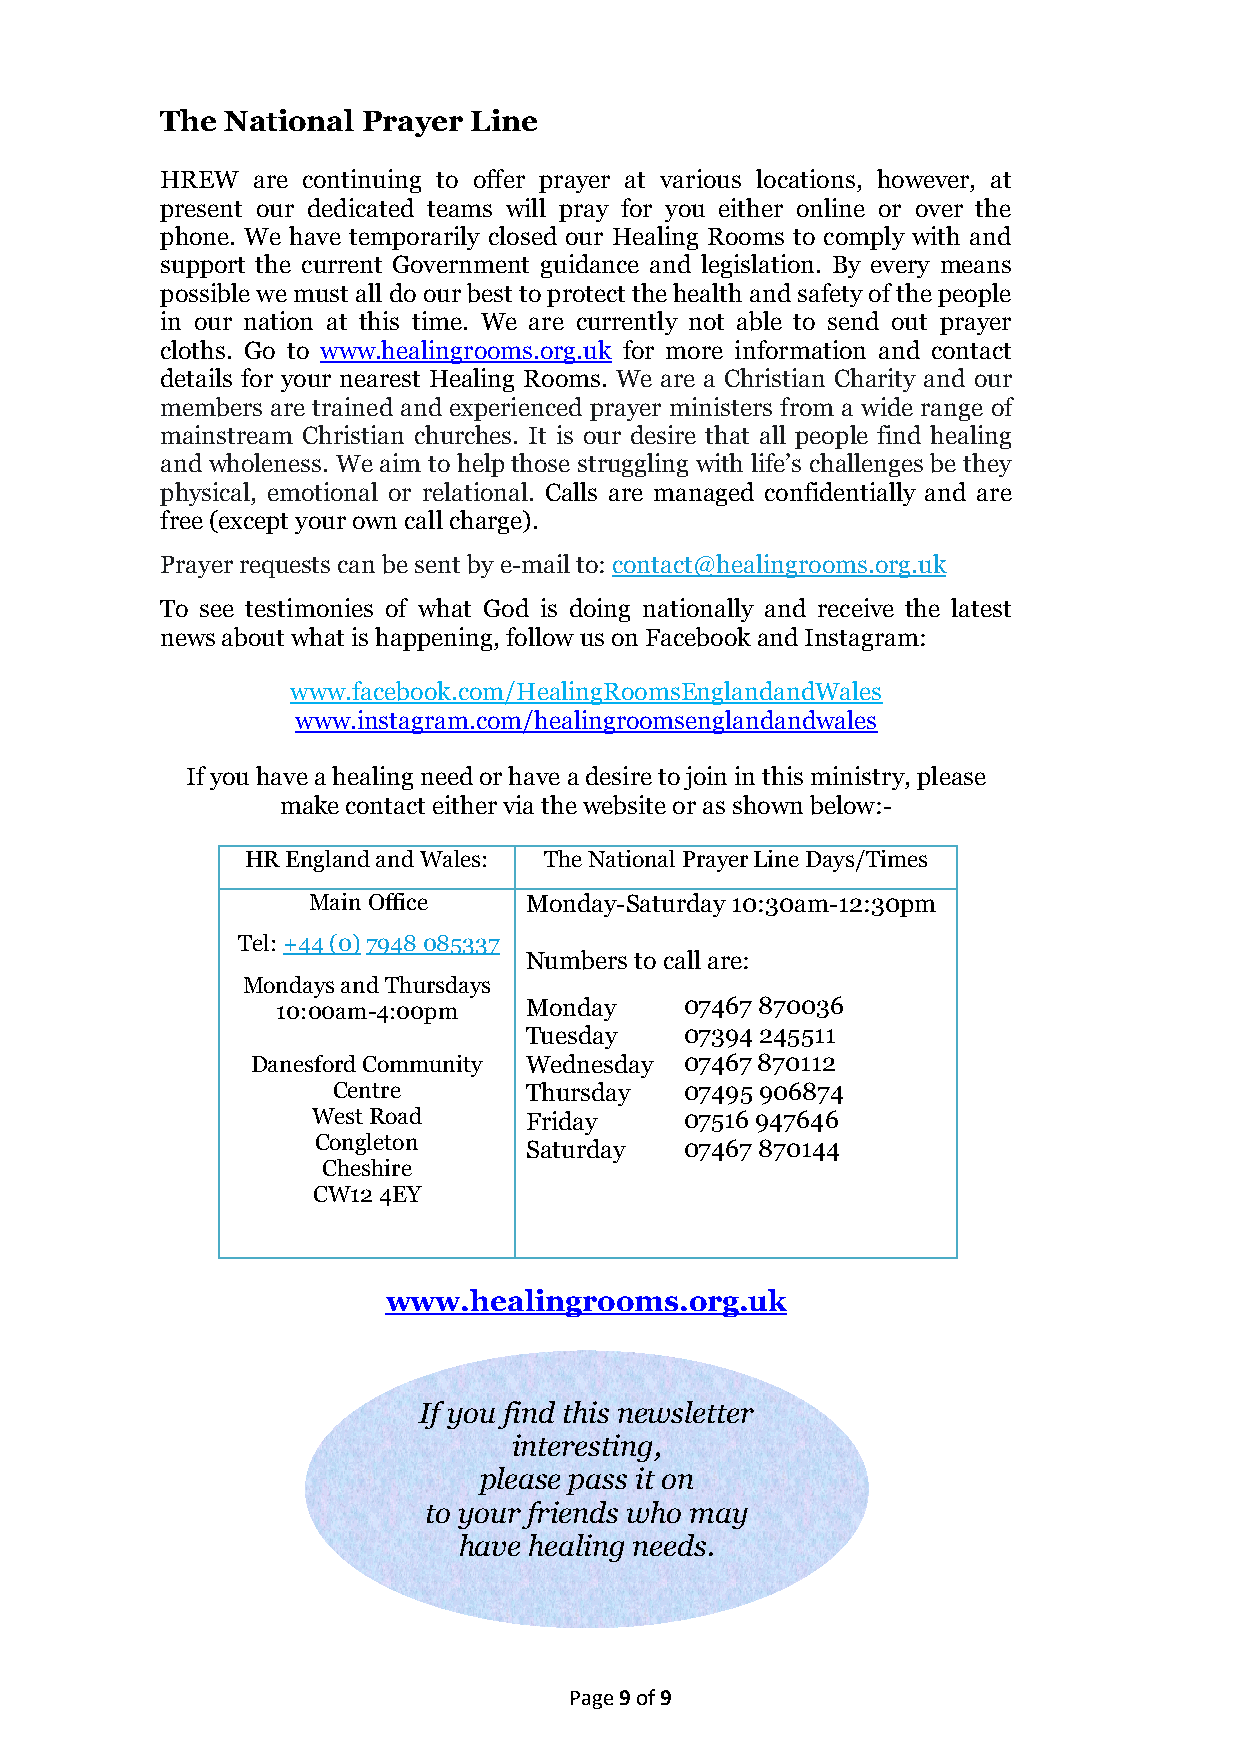
The National Prayer Line
 HREW  are continuing to offer prayer at various locations, however, at
 present our dedicated teams will pray for you either online or over the
 phone. We have temporarily closed our Healing Rooms to comply with and
 support the current Government guidance and legislation. By every means
 possible we must all do our best to protect the health and safety of the people
 in our nation at this time. We are currently not able to send out prayer
 cloths. Go to www.healingrooms.org.uk for more information and contact
 details for your nearest Healing Rooms. We are a Christian Charity and our
 members are trained and experienced prayer ministers from a wide range of
 mainstream Christian churches. It is our desire that all people find healing
 and wholeness. We aim to help those struggling with life’s challenges be they
 physical, emotional or relational. Calls are managed confidentially and are
 free (except your own call charge).
 Prayer requests can be sent by e-mail to: contact@healingrooms.org.uk
 To see testimonies of what God is doing nationally and receive the latest
 news about what is happening, follow us on Facebook and Instagram:
 www.facebook.com/HealingRoomsEnglandandWales
 www.instagram.com/healingroomsenglandandwales
 If you have a healing need or have a desire to join in this ministry, please
 make contact either via the website or as shown below:-
 HR England and Wales: The National Prayer Line Days/Times
 Main Office    Monday-Saturday 10:30am-12:30pm
 Tel: +44 (0) 7948 085337
 Numbers to call are:
 Mondays and Thursdays
 10:00am-4:00pm   Monday    07467 870036
 Tuesday   07394 245511
 Danesford Community Wednesday 07467 870112
 Centre       Thursday  07495 906874
 West Road     Friday    07516 947646
 Congleton     Saturday  07467 870144
 Cheshire
 CW12 4EY
 www.healingrooms.org.uk
 If you find this newsletter
 interesting,
 please pass it on
 to your friends who may
 have healing needs.
 Page 9 of 9